Sketch of the medical history of the native army of Bombay, for the year
Year: 1875
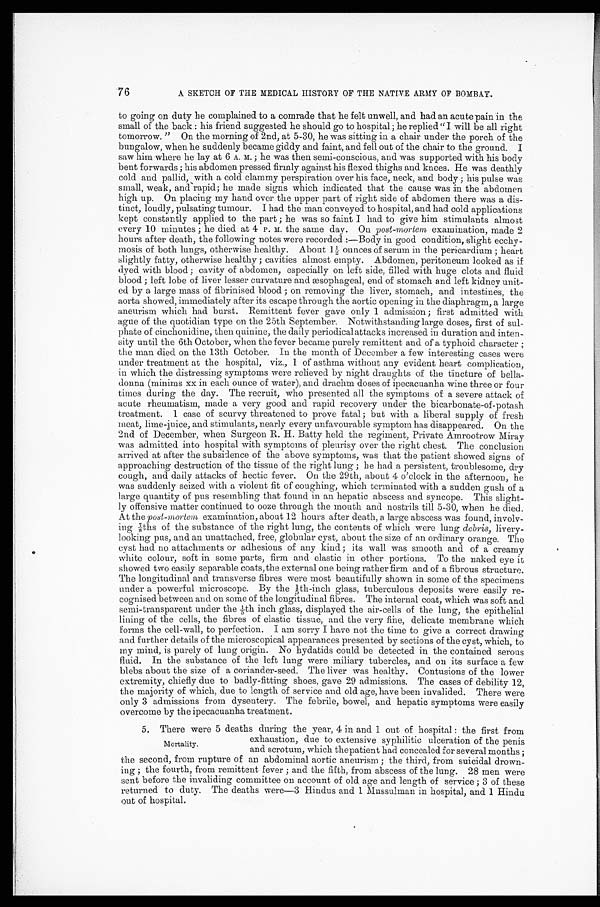
76
A SKETCH OF THE MEDICAL HISTORY OF THE NATIVE ARMY OF BOMBAY.
to going on duty he complained to a comrade that he felt unwell, and had an acute pain in the
small of the back: his friend suggested he should go to hospital; he replied "I will be all right
tomorrow. " On the morning of 2nd, at 5-30, he was sitting in a chair under the porch of the
bungalow, when he suddenly became giddy and faint, and fell out of the chair to the ground. I
saw him where he lay at 6 A. m.; he was then semi-conscious, and was supported with his body
bent forwards; his abdomen pressed firmly against his flexed thighs and knees. He was deathly
cold and pallid, with a cold clammy perspiration over his face, neck, and body; his pulse was
small, weak, and rapid; he made signs which indicated that the cause was in the abdomen
high up. On placing my hand over the upper part of right side of abdomen there was a dis
-tinct, loudly, pulsating tumour. I had the man conveyed to hospital, and had cold applications
kept constantly applied to the part; he was so faint I had to give him stimulants almost
every 10 minutes; he died at 4 P. M. the same day. On post-mortem examination, made 2
hours after death, the following notes were recorded:—Body in good condition, slight ecchy
-mosis of both lungs, otherwise healthy. About 1½ ounces of serum in the pericardium; heart
slightly fatty, otherwise healthy; cavities almost empty. Abdomen, peritoneum looked as if
dyed with blood; cavity of abdomen, especially on left side, filled with huge clots and fluid
blood; left lobe of liver lesser curvature and tesophageal, end of stomach and left kidney unit
-ed by a large mass of fibrinised blood; on removing the liver, stomach, and intestines, the
aorta showed, immediately after its escape through the aortic opening in the diaphragm, a large
aneurism which had burst. Remittent fever gave only 1 admission; first admitted with
ague of the quotidian type on the 25th September. Notwithstanding large doses, first of sul
-phate of cinchonidine, then quinine, the daily periodical attacks increased in duration and inten
-sity until the 6th October, when the fever became purely remittent and of a typhoid character;
the man died on the 13th October. In the month of December a few interesting cases were
under treatment at the hospital, viz., 1 of asthma without any evident heart complication,
in which the distressing symptoms were relieved by night draughts of the tincture of bella
-donna (minims xx in each ounce of water), and drachm doses of ipecacuanha wine three or four
times during the day. The recruit, who presented all the symptoms of a severe attack of
acute rheumatism, made a very good and rapid recovery under the bicarbonate-of-potash
treatment. 1 case of scurvy threatened to prove fatal; but with a liberal supply of fresh.
meat, lime-juice, and stimulants, nearly every unfavourable symptom has disappeared. On the
2nd of December, when Surgeon R. H. Batty held the regiment, Private Amrootrow Miray
was admitted into hospital with symptoms of pleurisy over the right chest. The conclusion
arrived at after the subsidence of the above symptoms, was that the patient showed signs of
approaching destruction of the tissue of the right lung; he had a persistent, troublesome, dry
cough, and daily attacks of hectic fever. On the 29th, about 4 o'clock in the afternoon, he
was suddenly seized with a violent fit of coughing, which terminated with a sudden gush of a
large quantity of pus resembling that found in an hepatic abscess and syncope. This slight
-ly offensive matter continued to ooze through the mouth and nostrils till 5-30, when he died.
At the post-mortem examination, about 12 hours after death, a large abscess was found, involv
-ing 7/8 ths of the substance of the right lung, the contents of which were lung debris, livery
-looking pus, and an unattached, free, globular cyst, about the size of an ordinary orange. The
cyst had no attachments or adhesions of any kind; its wall was smooth and of a creamy
white colour, soft in some parts, firm and elastic in other portions. To the naked eye it
showed two easily separable coats, the external one being rather firm and of a fibrous structure.
The longitudinal and transverse fibres were most beautifully shown in some of the specimens
under a powerful microscope. By the 1/5th-inch glass, tuberculous deposits were easily re
-cognised between and on some of the longitudinal fibres. The internal coat, which was soft and
semi-transparent under the 1/5th inch glass, displayed the air-cells of the lung, the epithelial
lining of the cells, the fibres of elastic tissue, and the very fine, delicate membrane which
forms the cell-wall, to perfection. I am sorry I have not the time to give a correct drawing
and further details of the microscopical appearances presented by sections of the cyst, which, to
my mind, is purely of lung origin. No hydatids could be detected in the contained serous
fluid. In the substance of the left lung were miliary tubercles, and on its surface a few
blebs about the size of a coriander-seed. The liver was healthy. Contusions of the lower
extremity, chiefly due to badly-fitting shoes, gave 29 admissions. The cases of debility 12,
the majority of which, due to length of service and old age, have been invalided. There were
only 3 admissions from dysentery. The febrile, bowel, and hepatic symptoms were easily
overcome by the ipecacuanha treatment.
5. There were 5 deaths during the year, 4 in and 1 out of hospital: the first from
exhaustion, due to extensive syphilitic ulceration of the penis
and scrotum, which thepatient had concealed for several months;
the second, from rupture of an abdominal aortic aneurism; the third, from suicidal drown
- i n g ; t h e f o u r t h , f r o m r e m i t t e n t f e v e r ; a n d t h e f i f t h , f r o m a b s c e s s o f t h e l u n g . 2 8 m e n w e r e
sent before the invaliding committee on account of old age and length of service; 3 of these
returned to duty. The deaths were—3 Hindus and 1 Mussulman in hospital, and 1 Hindu
out of hospital.
Mortality.